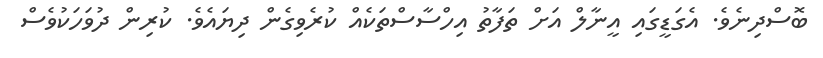
ބޮސްދިނެވެ. އެގަޑީގައި އީނާލް އަށް ތަފާތު އިހްސާސްތަކެއް ކުރެވިގެން ދިޔައެވެ. ކުރިން ދުވަހަކުވެސް